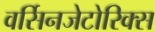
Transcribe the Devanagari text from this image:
वर्सिनजेटोरिक्स